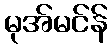
မုအ်မင်န်